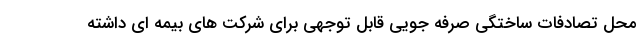
محل تصادفات ساختگی صرفه جویی قابل توجهی برای شرکت های بیمه ای داشته